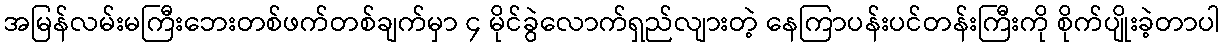
အမြန်လမ်းမကြီးဘေးတစ်ဖက်တစ်ချက်မှာ ၄ မိုင်ခွဲလောက်ရှည်လျားတဲ့ နေကြာပန်းပင်တန်းကြီးကို စိုက်ပျိုးခဲ့တာပါ